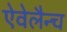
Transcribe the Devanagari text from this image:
ऐवेलैन्च